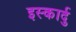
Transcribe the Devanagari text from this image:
इस्कार्दु